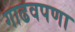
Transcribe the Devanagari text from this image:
गाढवपणा